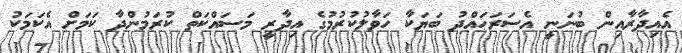
އެއިދާރާއިން ބުނަނީ އެސަރަހައްދު ބަޔަކާ ހަވާލުކުރުމުގެ އިދާރީ މަސައްކަތް ކުރަމުންދާ ކަމަށް އެކަމަކު